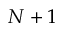
N + 1